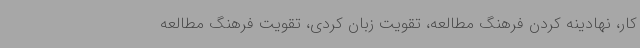
کار، نهادینه کردن فرهنگ مطالعه، تقویت زبان کردی، تقویت فرهنگ مطالعه